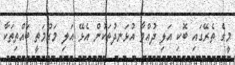
މީގެ ތެރޭގައި ބޮކި އަލި ދުއްވާ އުޅަނދުތަކުން އެޅޭ އަލި މަގުމަތީ ބައްތިތަކާ